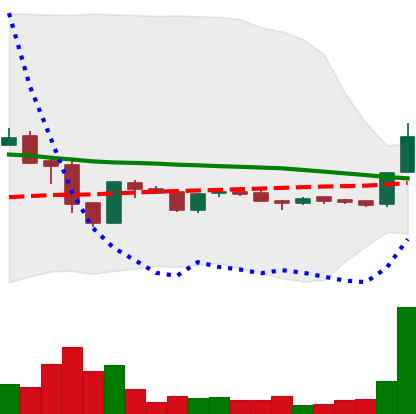
Ticker: LTC-USD
Chart end date: 2015-11-26
Forward return: -4.807%
Label: down_3_5